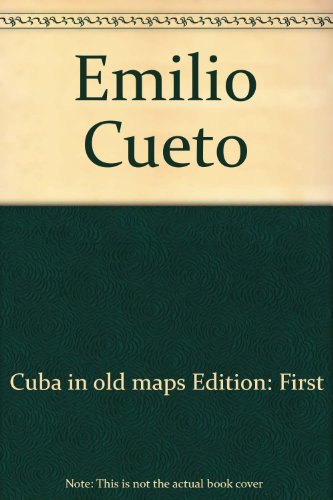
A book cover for Cuba in old maps; Emilio Cueto; Travel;